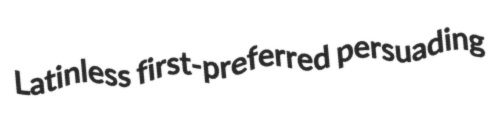
Latinless first-preferred persuading